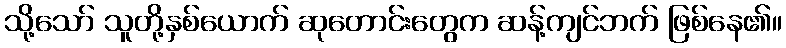
သို့သော် သူတို့နှစ်ယောက် ဆုတောင်းတွေက ဆန့်ကျင်ဘက် ဖြစ်နေ၏။